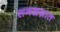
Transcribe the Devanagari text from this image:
सगळय़ात